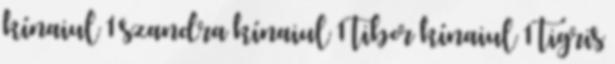
kínaiul 1 szandra kínaiul 1 tibor kínaiul 1 tigris